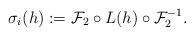
LaTeX: \begin{align*} \sigma_i(h):=\mathcal{F}_2 \circ L(h) \circ \mathcal{F}_2^{-1}.\end{align*}